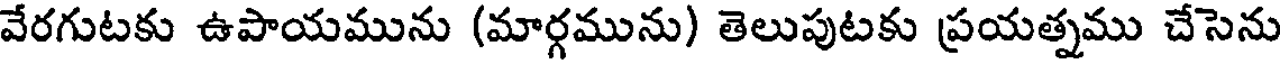
వేరగుటకు ఉపాయమును (మార్గమును) తెలుపుటకు ప్రయత్నము చేసెను